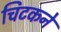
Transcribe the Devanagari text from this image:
चिटकने